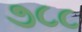
૭૮૮